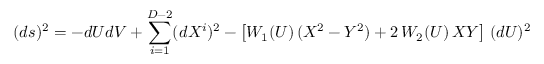
( d s ) ^ { 2 } = - d U d V + \sum _ { i = 1 } ^ { D - 2 } ( d X ^ { i } ) ^ { 2 } - \left[ W _ { 1 } ( U ) \, ( X ^ { 2 } - Y ^ { 2 } ) + 2 \, W _ { 2 } ( U ) \, X Y \right] \, ( d U ) ^ { 2 }